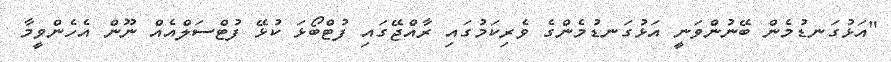
"އަޅުގަނޑުމެން ބޭނުންވަނީ އަޅުގަނޑުމެންގެ ވެރިކަމުގައި ރާއްޖޭގައި ފުޓްބޯޅަ ކުޅޭ ފުޓްސަލްއެއް ނޫން އެހެންވީމާ